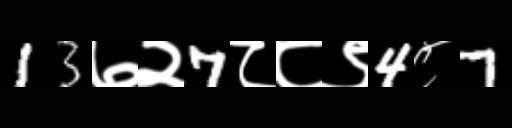
Text: 13७२7८८९4८7